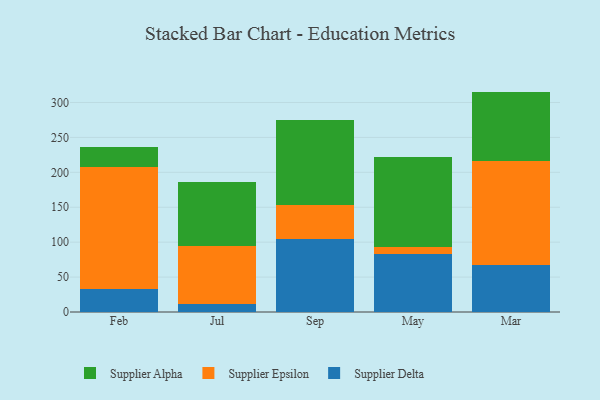
{"axis": {"x": "Month", "y": "Bounce Rate (%)"}, "legend": ["Supplier Alpha", "Supplier Delta", "Supplier Epsilon"], "data": [{"x": "Feb", "y": 32.6, "type": "Supplier Delta"}, {"x": "Feb", "y": 175.4, "type": "Supplier Epsilon"}, {"x": "Feb", "y": 28.6, "type": "Supplier Alpha"}, {"x": "Jul", "y": 11.4, "type": "Supplier Delta"}, {"x": "Jul", "y": 82.8, "type": "Supplier Epsilon"}, {"x": "Jul", "y": 92.2, "type": "Supplier Alpha"}, {"x": "Sep", "y": 104.5, "type": "Supplier Delta"}, {"x": "Sep", "y": 48.8, "type": "Supplier Epsilon"}, {"x": "Sep", "y": 122.1, "type": "Supplier Alpha"}, {"x": "May", "y": 83.0, "type": "Supplier Delta"}, {"x": "May", "y": 10.2, "type": "Supplier Epsilon"}, {"x": "May", "y": 129.3, "type": "Supplier Alpha"}, {"x": "Mar", "y": 67.9, "type": "Supplier Delta"}, {"x": "Mar", "y": 148.2, "type": "Supplier Epsilon"}, {"x": "Mar", "y": 99.5, "type": "Supplier Alpha"}]}